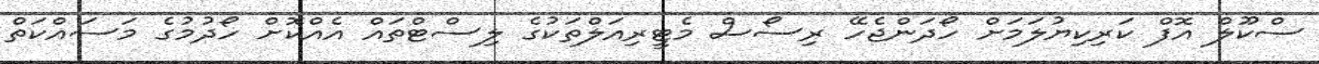
ސްކޫލް އޮފް ކަރިކިޔުލަމަށް ހޯދަންޖެހޭ ރިސޯސް މެޓީރިއަލްތަކުގެ ލިސްޓްތައް އެއްކޮށް ހޯދުމުގެ މަސައްކަތް